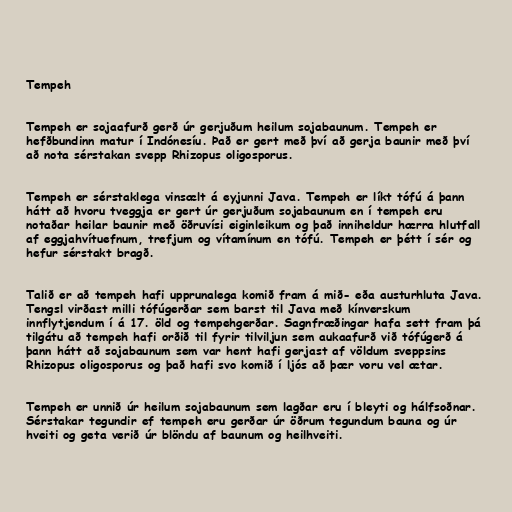
Tempeh

Tempeh er sojaafurð gerð úr gerjuðum heilum sojabaunum. Tempeh er
hefðbundinn matur í Indónesíu. Það er gert með því að gerja baunir með því
að nota sérstakan svepp Rhizopus oligosporus.

Tempeh er sérstaklega vinsælt á eyjunni Java. Tempeh er líkt tófú á þann
hátt að hvoru tveggja er gert úr gerjuðum sojabaunum en í tempeh eru
notaðar heilar baunir með öðruvísi eiginleikum og það inniheldur hærra hlutfall
af eggjahvítuefnum, trefjum og vítamínum en tófú. Tempeh er þétt í sér og
hefur sérstakt bragð.

Talið er að tempeh hafi upprunalega komið fram á mið- eða austurhluta Java.
Tengsl virðast milli tófúgerðar sem barst til Java með kínverskum
innflytjendum í á 17. öld og tempehgerðar. Sagnfræðingar hafa sett fram þá
tilgátu að tempeh hafi orðið til fyrir tilviljun sem aukaafurð við tófúgerð á
þann hátt að sojabaunum sem var hent hafi gerjast af völdum sveppsins
Rhizopus oligosporus og það hafi svo komið í ljós að þær voru vel ætar.

Tempeh er unnið úr heilum sojabaunum sem lagðar eru í bleyti og hálfsoðnar.
Sérstakar tegundir ef tempeh eru gerðar úr öðrum tegundum bauna og úr
hveiti og geta verið úr blöndu af baunum og heilhveiti.